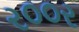
ર૦૦ર